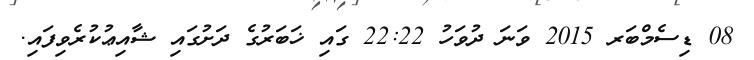
08 ޑިސެމްބަރ 2015 ވަނަ ދުވަހު 22:22 ގައި ޚަބަރުގެ ދަށުގައި ޝާއިޢުކުރެވިފައި.